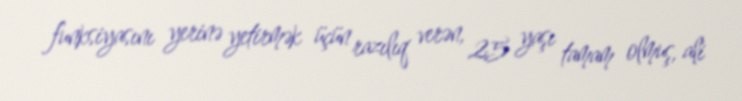
funksiyasını yerinə yetirmək üçün razılıq verən, 25 yaşı tamam olmuş, ali